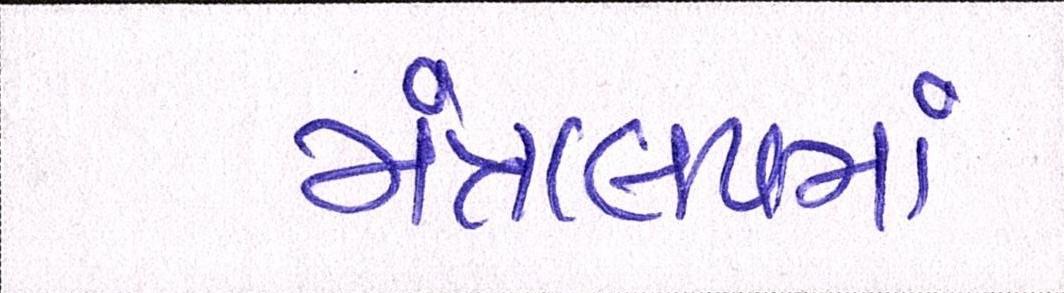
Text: મંત્રાલયમાં